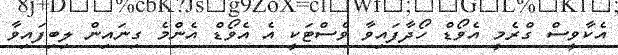
އެކާވީސް ގްރެމީ އެވޯޑް ހޯދާފައިވާ ވެސްޓަކީ އެ އެވޯޑް އެންމެ ގިނައިން ލިބިފައިވާ